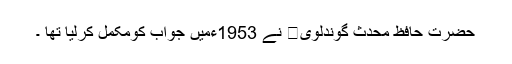
حضرت حافظ محدث گوندلوی نے 1953ءمیں جواب کومکمل کرلیا تھا ۔